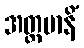
အတ္တမာနိံ